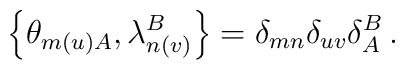
\left\{\theta_{m(u)A},\lambda_{n(v)}^B\right\}=\delta_{mn}\delta_{uv}\delta_A^B\,.